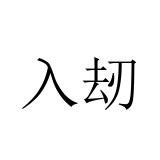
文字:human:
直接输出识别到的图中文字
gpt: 入刼